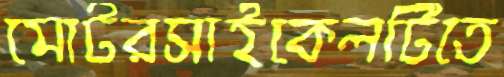
মোটরসাইকেলটিতে